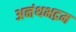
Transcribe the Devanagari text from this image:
अनंथभद्रम